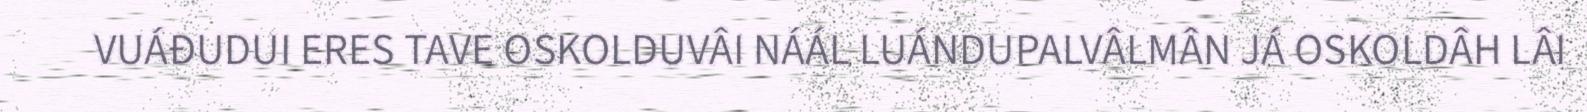
VUÁĐUDUI ERES TAVE OSKOLDUVÂI NÁÁL LUÁNDUPALVÂLMÂN JÁ OSKOLDÂH LÂI